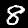
Digit: 8